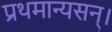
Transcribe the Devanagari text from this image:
प्रथमान्यसन्।